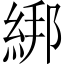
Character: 綁